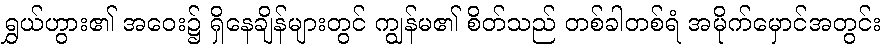
ရွှယ်ဟွား၏ အဝေး၌ ရှိနေချိန်များတွင် ကျွန်မ၏ စိတ်သည် တစ်ခါတစ်ရံ အမိုက်မှောင်အတွင်း